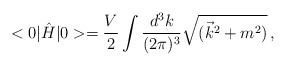
\begin{align*}<0|\hat{H}|0>=\frac{V}{2} \int \frac{d^3 k}{(2\pi)^3}\sqrt{(\vec{k}^2+m^2)}\,,\end{align*}